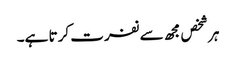
ہر شخص مجھ سے نفرت کرتا ہے۔